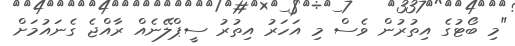
"މި ބޯޓުގެ އިތުރުން ވެސް މި އަހަރު އިތުރު ސީޕްލޭނެއް ރާއްޖެ ގެނައުމަށް